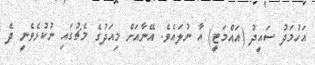
އަހުމަދު ސައީދު (އައްމަޓީ) އާ ނުލައެވެ. އޭނާއަށް މިއަދުގެ މެޗުގައި ނުކުޅެވެނީ ދެ